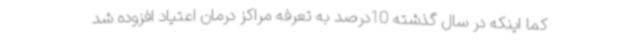
کما اینکه در سال گذشته 10درصد به تعرفه مراکز درمان اعتیاد افزوده شد